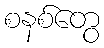
စနစ်တွေ